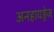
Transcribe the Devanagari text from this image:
अनहायड्रेज